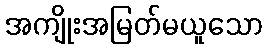
အကျိုးအမြတ်မယူသော